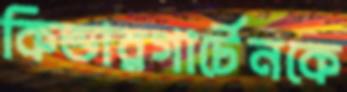
কিন্ডারগার্টেনকে